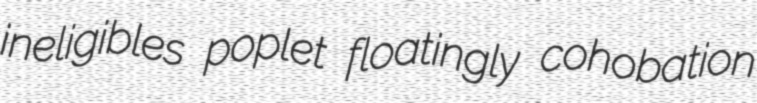
ineligibles poplet floatingly cohobation